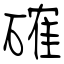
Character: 確